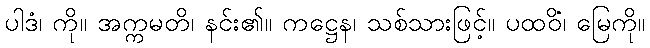
ပါဒံ၊ ကို။ အက္ကမတိ၊ နင်း၏။ ကဋ္ဌေန၊ သစ်သားဖြင့်။ ပထဝိံ၊ မြေကို။